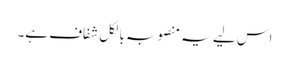
اس لیے یہ منصوبہ بالکل شفاف ہے۔